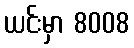
ယင်းမှာ 8008